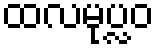
ထလမုပ္လဝ